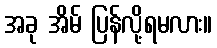
အခု အိမ် ပြန်လို့ရမလား။